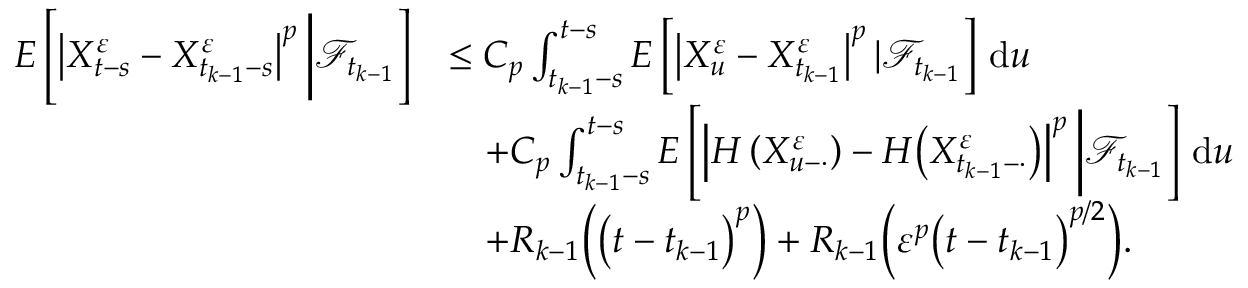
\begin{array} { r l } { E \left[ \left| X _ { t - s } ^ { \varepsilon } - X _ { t _ { k - 1 } - s } ^ { \varepsilon } \right| ^ { p } \bigg | \mathcal { F } _ { t _ { k - 1 } } \right] } & { \leq C _ { p } \int _ { t _ { k - 1 } - s } ^ { t - s } E \left[ \left| X _ { u } ^ { \varepsilon } - X _ { t _ { k - 1 } } ^ { \varepsilon } \right| ^ { p } | \mathcal { F } _ { t _ { k - 1 } } \right] \, \mathrm { d } u } \\ & { \quad + C _ { p } \int _ { t _ { k - 1 } - s } ^ { t - s } E \left[ \left| H \left( X _ { u - \cdot } ^ { \varepsilon } \right) - H \big ( X _ { t _ { k - 1 } - \cdot } ^ { \varepsilon } \big ) \right| ^ { p } \bigg | \mathcal { F } _ { t _ { k - 1 } } \right] \, \mathrm { d } u } \\ & { \quad + R _ { k - 1 } \Big ( \big ( t - t _ { k - 1 } \big ) ^ { p } \Big ) + R _ { k - 1 } \Big ( \varepsilon ^ { p } \big ( t - t _ { k - 1 } \big ) ^ { p / 2 } \Big ) . } \end{array}